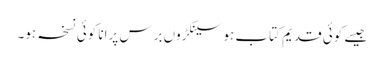
جیسے کوئی قدیم کتاب ہو سینکڑوں برس پرانا کوئی نسخہ ہو۔